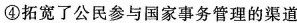
④拓宽了公民参与国家事务管理的渠道。